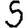
Digit: 5